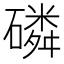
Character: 磷